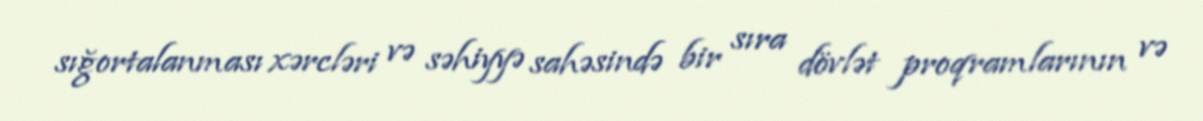
sığortalanması xərcləri və səhiyyə sahəsində bir sıra dövlət proqramlarının və